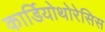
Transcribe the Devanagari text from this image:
कार्डियोथोरेसिस